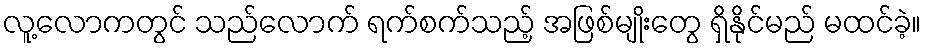
လူ့လောကတွင် သည်လောက် ရက်စက်သည့် အဖြစ်မျိုးတွေ ရှိနိုင်မည် မထင်ခဲ့။